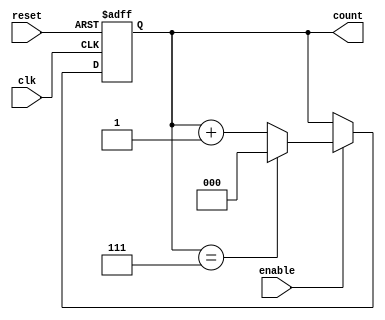
module binary_up_counter #(
    parameter N = 3  // Number of bits for the counter (default is 3 bits)
)(
    input wire clk,         // Clock signal
    input wire reset,       // Asynchronous reset signal
    input wire enable,      // Enable signal for counting
    output reg [N-1:0] count // Output count value
);

// Asynchronous reset and counting logic
always @(posedge clk or posedge reset) begin
    if (reset) begin
        count <= 0; // Reset count to 0
    end else if (enable) begin
        if (count == (1 << N) - 1) begin
            count <= 0; // Wrap around to 0
        end else begin
            count <= count + 1; // Increment count
        end
    end
end

endmodule